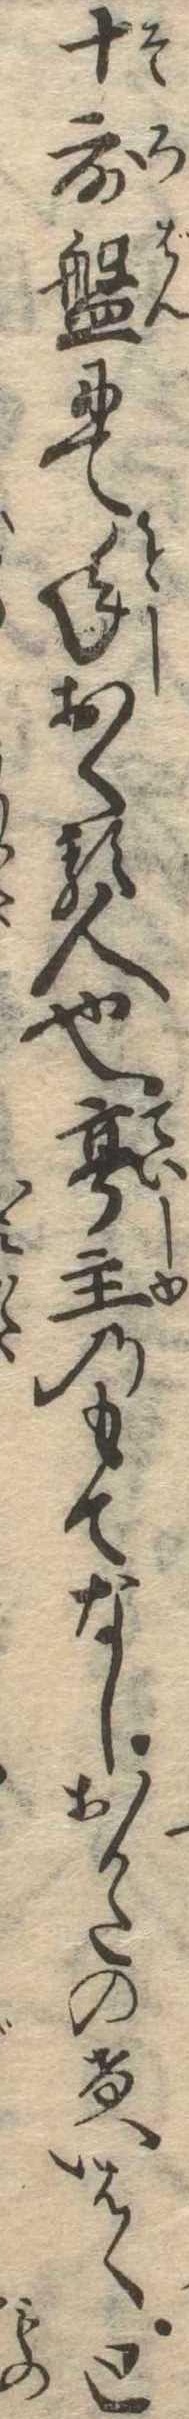
十露盤にて年おくる人也亭主のもてなしおかたのけいはくと